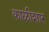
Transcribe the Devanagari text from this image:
काळीशार